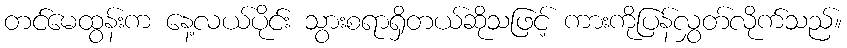
တင်မေထွန်းက နေ့လယ်ပိုင်း သွားစရာရှိတယ်ဆိုသဖြင့် ကားကိုပြန်လွှတ်လိုက်သည်။